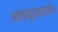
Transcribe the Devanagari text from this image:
भाषाकुलामधील